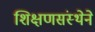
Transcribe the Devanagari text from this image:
शिक्षणसंस्थेने